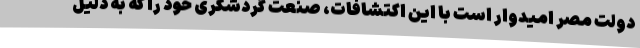
دولت مصر امیدوار است با این اکتشافات، صنعت گردشگری خود را که به دلیل